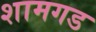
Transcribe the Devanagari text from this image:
शामगड